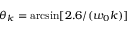
\theta _ { k } = \arcsin [ 2 . 6 / ( w _ { 0 } k ) ]